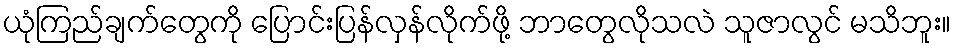
ယုံကြည်ချက်တွေကို ပြောင်းပြန်လှန်လိုက်ဖို့ ဘာတွေလိုသလဲ သူဇာလွင် မသိဘူး။